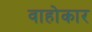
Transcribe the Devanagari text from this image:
वाहोकार